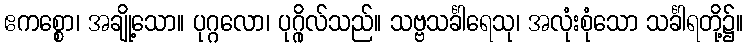
ဧကစ္စော၊ အချို့သော။ ပုဂ္ဂလော၊ ပုဂ္ဂိုလ်သည်။ သဗ္ဗသင်္ခါရေသု၊ အလုံးစုံသော သင်္ခါရတို့၌။